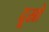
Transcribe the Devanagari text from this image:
दूस्रो